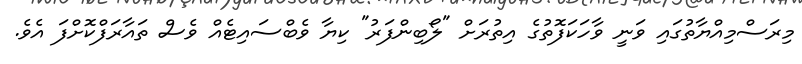
މިރަސްމިއްޔާތުގައި ވަނީ ވާހަކަފޮތުގެ އިތުރަށް "ލޯބިންފަރު" ކިޔާ ވެބްސައިޓެއް ވެސް ތައާރަފްކޮށްފަ އެެވެ.